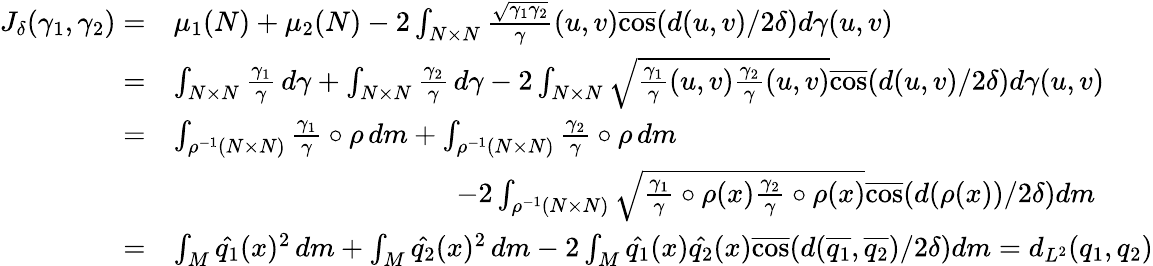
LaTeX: \begin{array}{rl}{J_{\delta}(\gamma_{1},\gamma_{2})=}&{\mu_{1}(N)+\mu_{2}(N)-2\int_{N\times N}\frac{\sqrt{\gamma_{1}\gamma_{2}}}{\gamma}(u,v)\overline{{\cos}}(d(u,v)/2\delta)d\gamma(u,v)}\\ {=}&{\int_{N\times N}\frac{\gamma_{1}}{\gamma}\, d\gamma+\int_{N\times N}\frac{\gamma_{2}}{\gamma}\, d\gamma-2\int_{N\times N}\sqrt{\frac{\gamma_{1}}{\gamma}(u,v)\frac{\gamma_{2}}{\gamma}(u,v)}\overline{{\cos}}(d(u,v)/2\delta)d\gamma(u,v)}\\ {=}&{\int_{\rho^{-1}(N\times N)}\frac{\gamma_{1}}{\gamma}\circ\rho\, dm+\int_{\rho^{-1}(N\times N)}\frac{\gamma_{2}}{\gamma}\circ\rho\, dm}\\ &{\qquad\qquad\qquad\qquad\qquad-2\int_{\rho^{-1}(N\times N)}\sqrt{\frac{\gamma_{1}}{\gamma}\circ\rho(x)\frac{\gamma_{2}}{\gamma}\circ\rho(x)}\overline{{\cos}}(d(\rho(x))/2\delta)dm}\\ {=}&{\int_{M}\hat{q_{1}}(x)^{2}\, dm+\int_{M}\hat{q_{2}}(x)^{2}\, dm-2\int_{M}\hat{q_{1}}(x)\hat{q_{2}}(x)\overline{{\cos}}(d(\overline{{q_{1}}},\overline{{q_{2}}})/2\delta)dm=d_{L^{2}}(q_{1},q_{2})}\end{array}